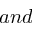
a n d